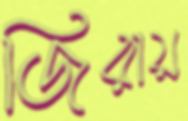
জিরায়